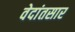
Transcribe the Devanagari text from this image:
वेदांतसार